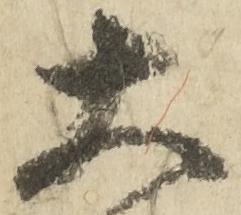
大